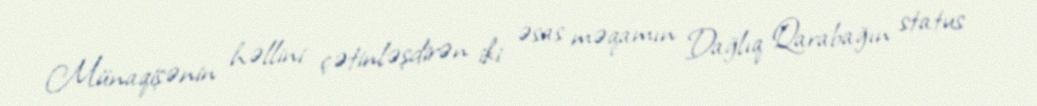
Münaqişənin həllini çətinləşdirən iki əsas məqamın Dağlıq Qarabağın status